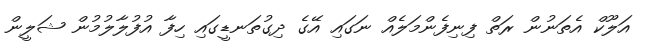
އަލޫކް އެތަނުން ރަތް ފިނިފެންމަލެއް ނަގައި އޭގެ ދިގުތަނޑީގައި ހިފާ އުފުލާލުމުން ޝަލީން